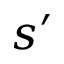
s ^ { \prime }